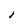
Character: l